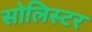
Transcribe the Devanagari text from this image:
सोलिस्टर